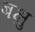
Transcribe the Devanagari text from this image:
बक्षु